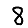
Digit: 8